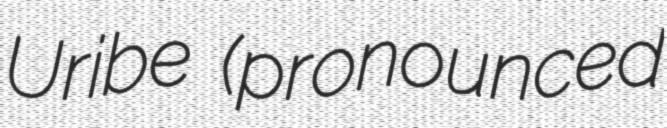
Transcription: Uribe (pronounced